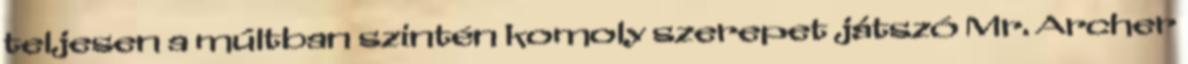
teljesen a múltban szintén komoly szerepet játszó Mr. Archer